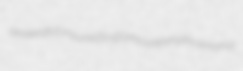
axseeds tonsured sugarhouse erythromania